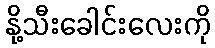
နို့သီးခေါင်းလေးကို